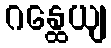
ဂန္ထေယျ